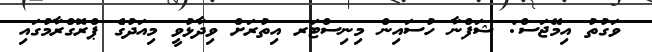
ވަގުތު އިމޭޖަސް: ޝަފްނާ ހުސައިން މިނިސްޓަރ އިތުރަށް ވިދާޅުވީ މިއަދުގެ ޕްރޮގްރާމުގައި